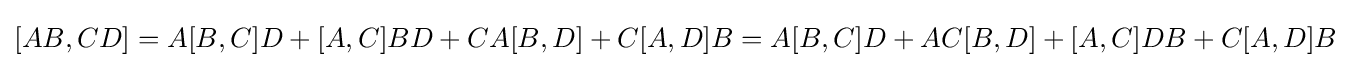
[AB,CD]=A[B,C]D+[A,C]BD+CA[B,D]+C[A,D]B=A[B,C]D+AC[B,D]+[A,C]DB+C[A,D]B